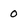
Character: 0